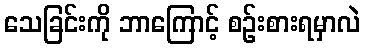
သေခြင်းကို ဘာကြောင့် စဉ်းစားရမှာလဲ